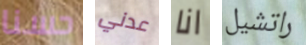
حسنا عدني انا راتشيل